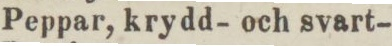
Peppar, krydd- och svart-.